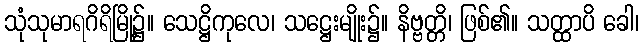
သုံသုမာရဂိရိမြို့၌။ သေဋ္ဌိကုလေ၊ သဋ္ဌေးမျိုး၌။ နိဗ္ဗတ္တိ၊ ဖြစ်၏။ သတ္ထာပိ ခေါ၊